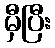
မှီပြီး